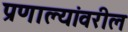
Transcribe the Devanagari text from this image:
प्रणाल्यांवरील